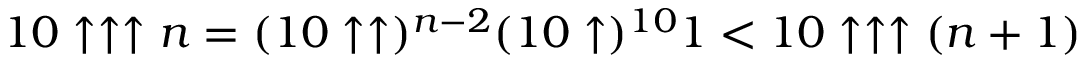
1 0 \uparrow \uparrow \uparrow n = ( 1 0 \uparrow \uparrow ) ^ { n - 2 } ( 1 0 \uparrow ) ^ { 1 0 } 1 < 1 0 \uparrow \uparrow \uparrow ( n + 1 )